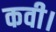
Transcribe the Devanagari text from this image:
कवी।